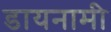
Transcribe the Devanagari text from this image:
डायनामी